Report on sanitation, dispensaries, and jails in Rajputana for 1920, and on vaccination for the year 1920-1921 - 1920-1921
Year: 1920
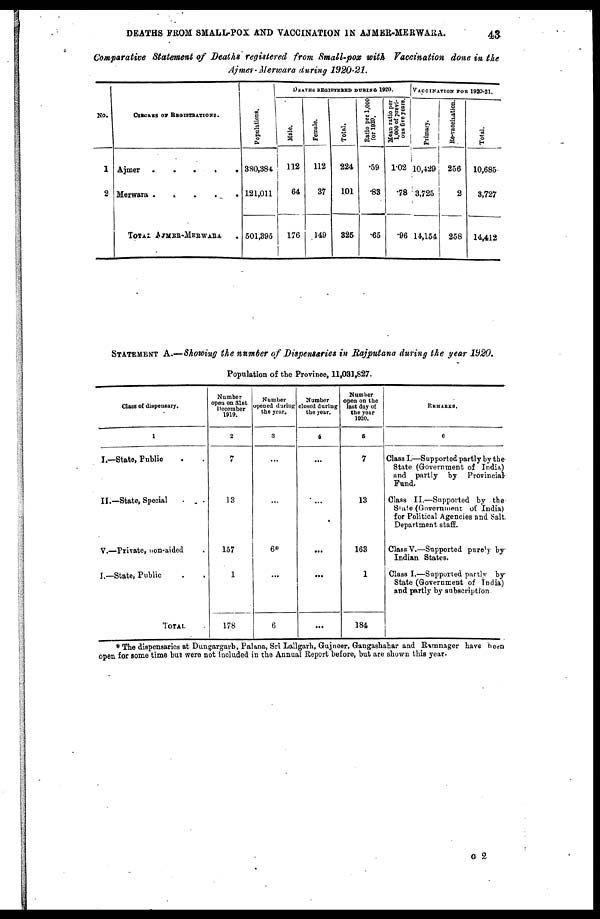
DEATHS FROM SMALL-POX AND VACCINATION IN AJMER-MERWARA.
43
Comparative Statement of Deaths registered from Small-pox with Vaccination done in the
Ajmer-Merwara during 1920-21.
No.
1
2
CIRCLES OF REGISTRATIONS.
Ajmer
.
.
.
.
Merwara
.
.
.
.
.
TOTAL AJMER-MERWARA .
Populations.
380,381
121,011
501,395
DEATHS REGISTERED DURING 1920.
Male.
112
64
176
Female.
112
37
149
Total.
224
101
325
Ratio per 1,000
for 1920.
.59
.83
65
Mean ratio per
1,000 of previ-
ous five years.
1.02
.78
.96
VACCINATION FOR 1920-21.
Primary.
10,429
3,725
14,154
Re-vaccination.
256
2
258
Total.
10,685
3,727
14,412
STATEMENT A.—Showing the number of Dispensaries in Rajputana during the year 1920.
Population of the Province, 11,031,827.
Class of dispensary.
1
I.—State, Public . .
II.—State, Special . .
V.—Private, non-aided
I.—State, Public . .
TOTAL .
Number
open on 31st
December
1919.
2
7
13
157
1
178
Number
opened during
the year.
3
...
...
6*
...
6
Number
closed during
the year.
4
...
...
...
...
...
Number
open on the
last day of
the year
1920.
5
7
13
163
1
184
REMARKS.
6
Class I.—Supported partly by the
State (Government of India)
and partly by Provincial
Fund.
Class II.—Supported by the
State (Government of India)
for Political Agencies and Salt
Department staff.
Class V.—Supported purely by
Indian States.
Class I.—Supported partly by
State (Government of India)
and partly by subscription.
* The dispensaries at Dungargarh, Palana, Sri Lallgarh, Gujneer, Gangashahar and Ramnager have been
open for some time but were not included in the Annual Report before, but are shown this year.
G 2